65_HS1-834228961_62-HQ-83894_Section_6
Agency: FBI
Page 181
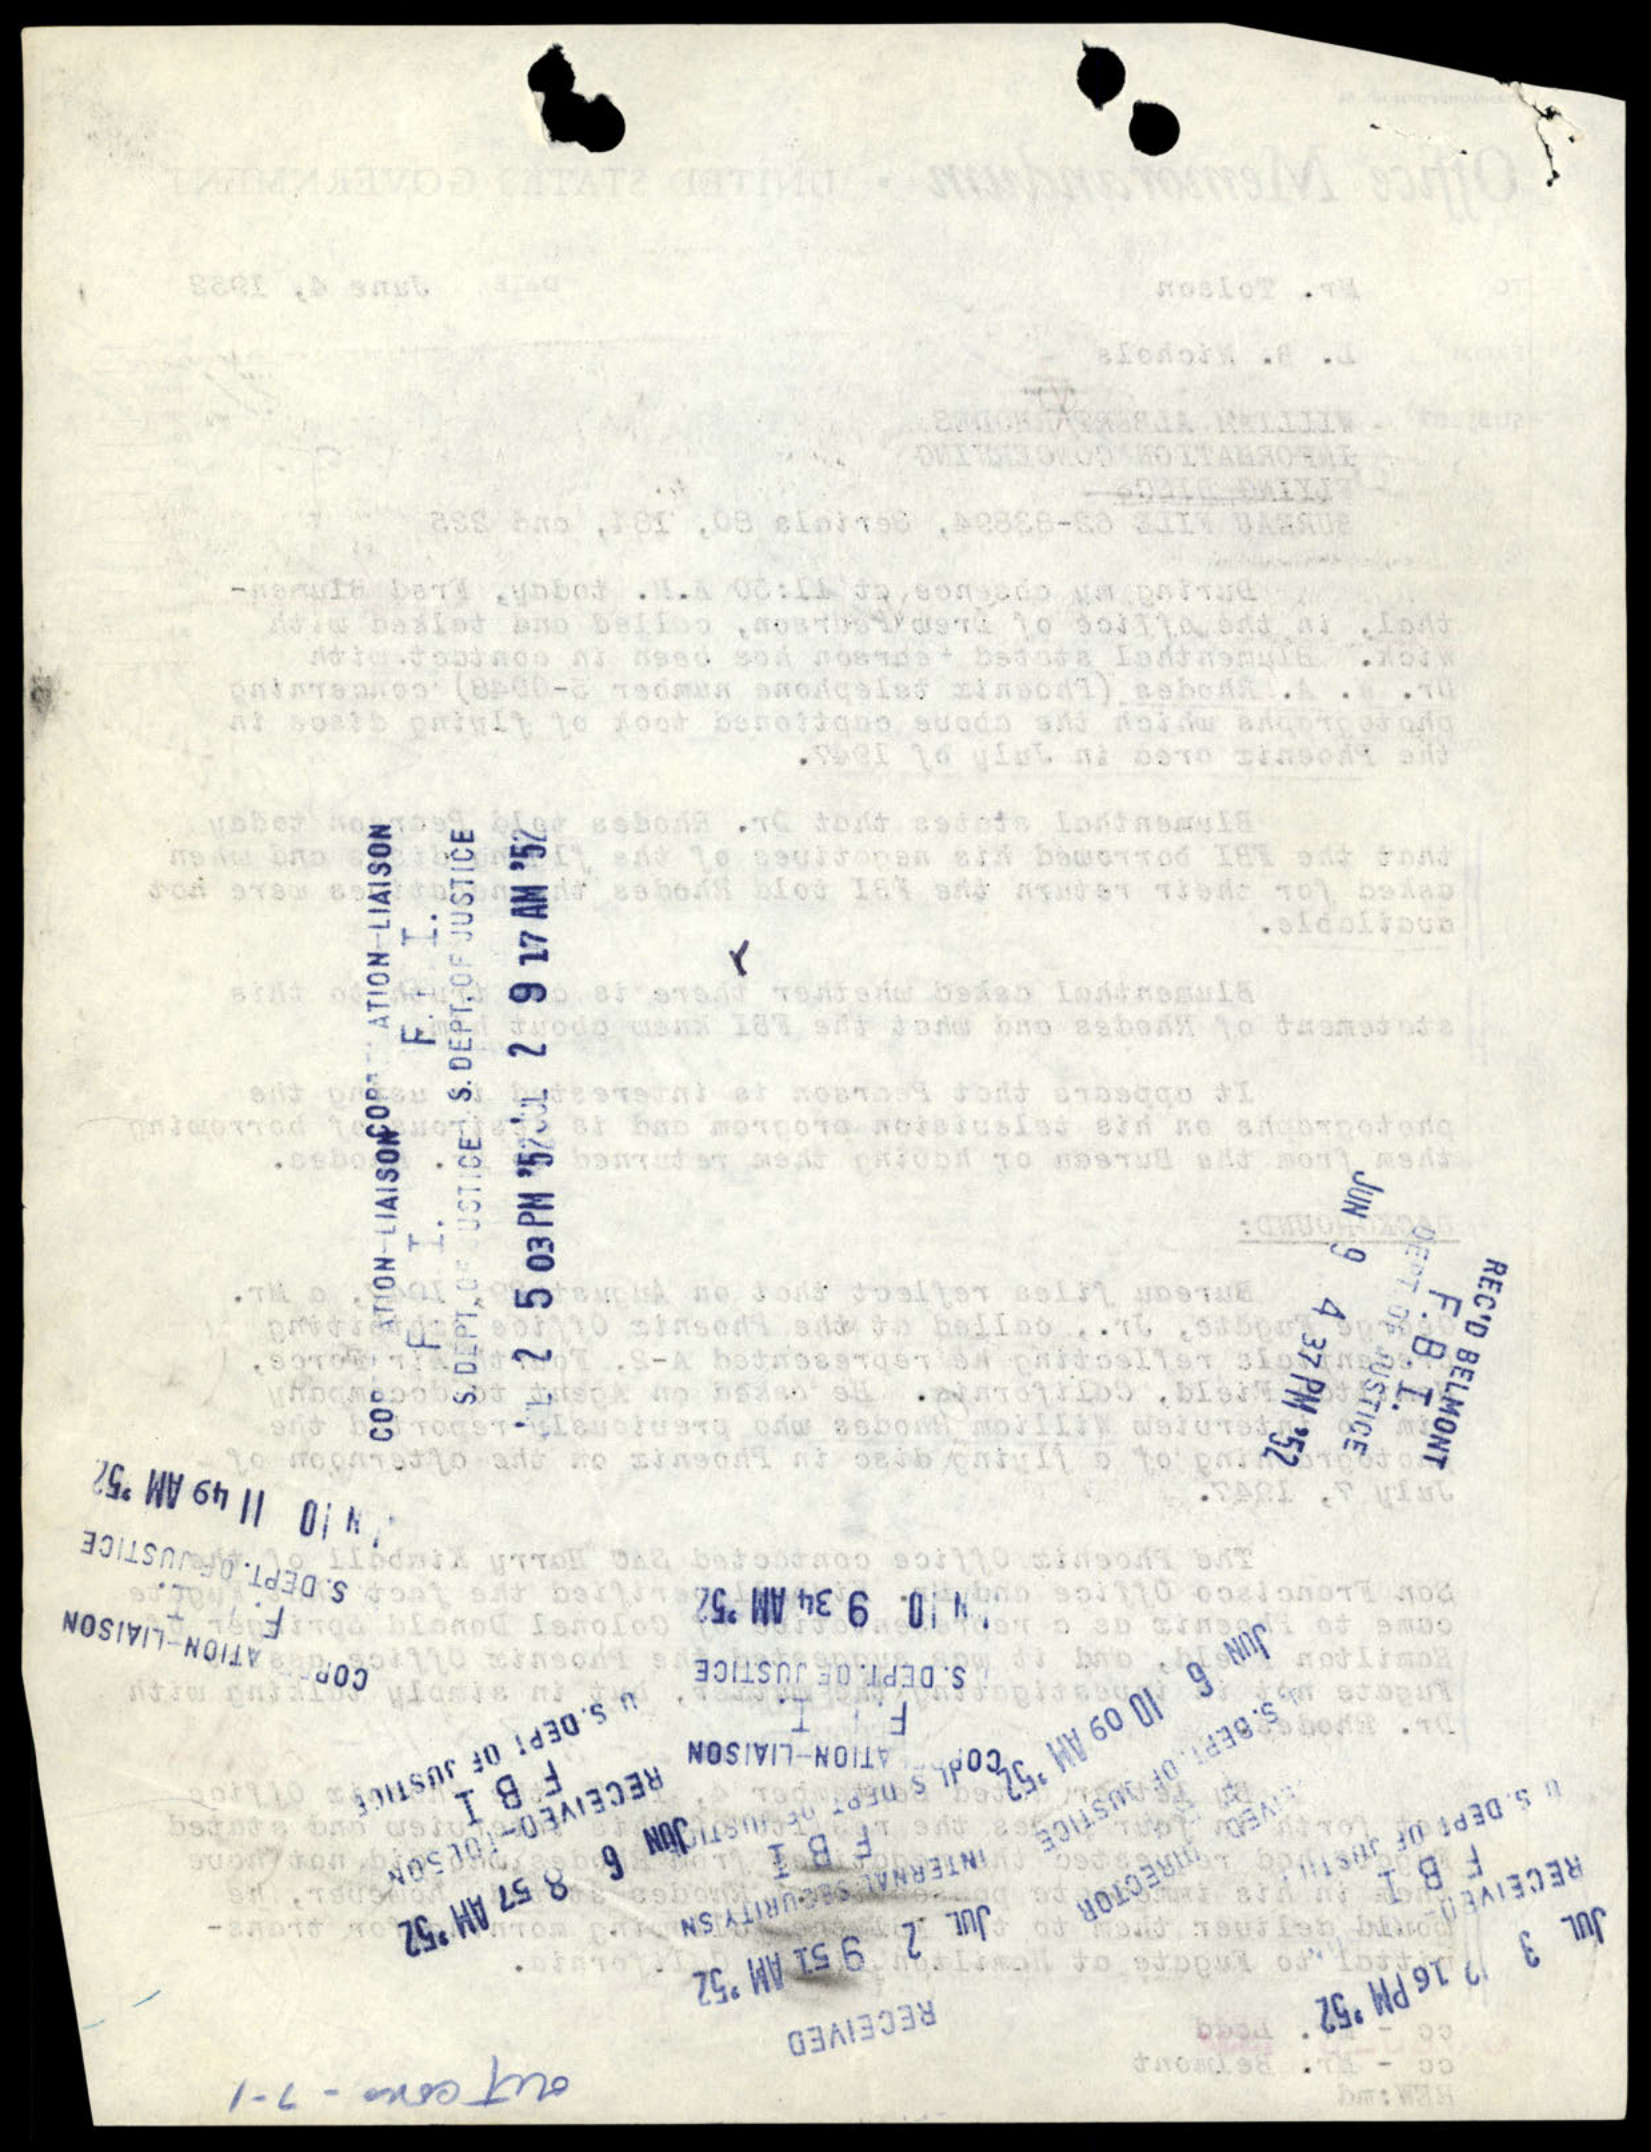